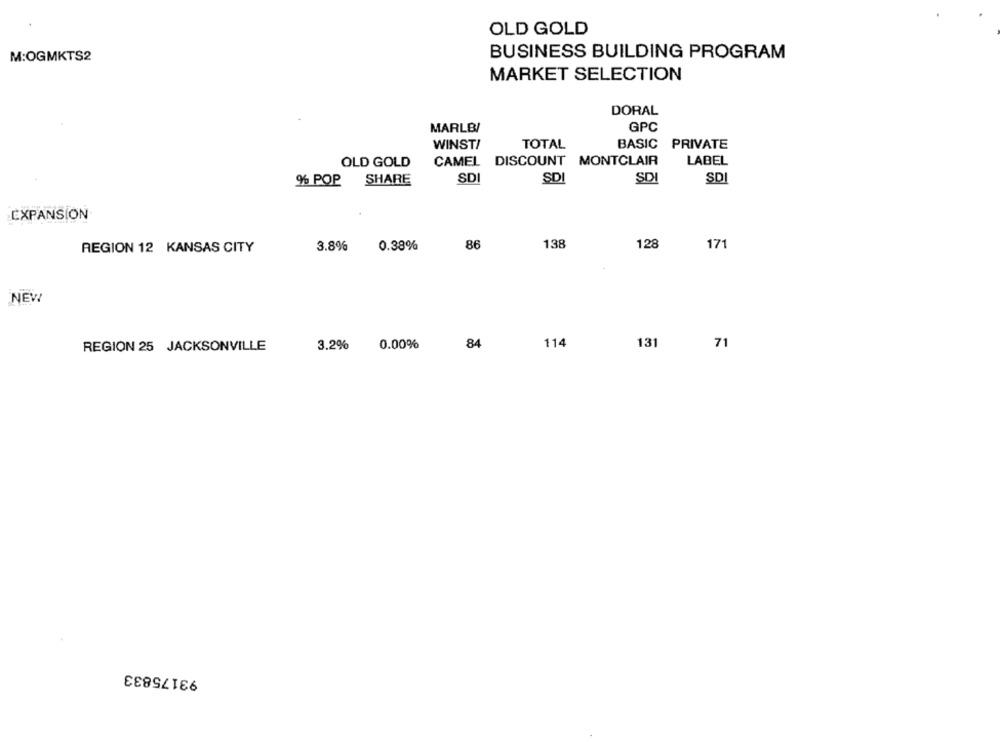
OLD GOLD
M:OGMKTS2
BUSINESS BUILDING PROGRAM
MARKET SELECTION
DORAL
GPC
MARLB/
WINST!
TOTAL
BASIC PRIVATE
CAMEL DISCOUNT MONTCLAIR
LABEL
OLD GOLD
SDI
% POP
SHARE
SD
SDI
SDI
EXPANSION
86
138
128
REGION 12 KANSAS CITY
3.8%
0.38%
171
NEW
71
REGION 25 JACKSONVILLE
3.2%
0.00%
84
114
131
93175833